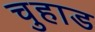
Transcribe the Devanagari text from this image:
चुहाड